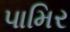
પામિર